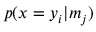
p ( x = y _ { i } | m _ { j } )